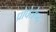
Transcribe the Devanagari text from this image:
प्रोपेलेण्ट